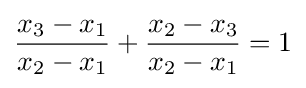
{\frac {x_{3}-x_{1}}{x_{2}-x_{1}}}+{\frac {x_{2}-x_{3}}{x_{2}-x_{1}}}=1